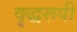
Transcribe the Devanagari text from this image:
वृद्धरूपी